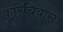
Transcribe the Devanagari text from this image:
कुरिचियास